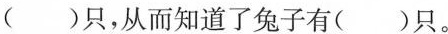
()只，从而知道了兔子有()只。